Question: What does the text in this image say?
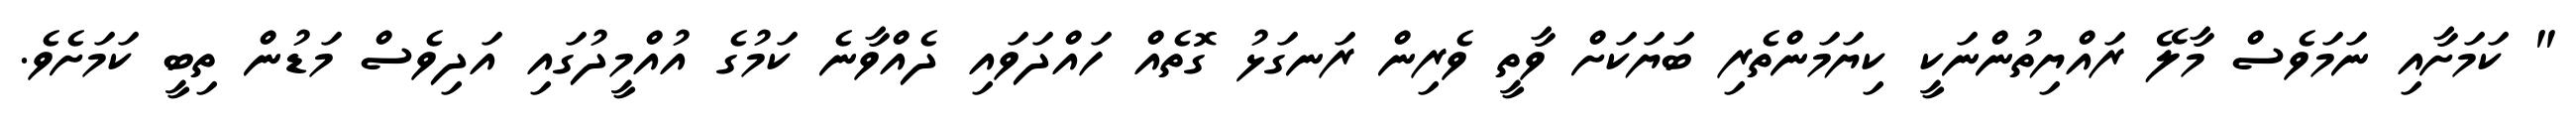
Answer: " ކަމަށާއި ނަމަވެސް މާލޭ ރައްޔިތުންނަކީ ކިޔަމަންތެރި ބަޔަކަށް ވާތީ ވެރިން ރަނގަޅު ގޮތެއް ހައްދަވައި ދެއްވާނެ ކަމުގެ އުއްމީދުގައި އަދިވެސް މަޑުން ތިބީ ކަމަށެވެ.